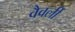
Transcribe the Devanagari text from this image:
वैवर्ली